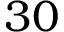
3 0